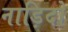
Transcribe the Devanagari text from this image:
नाड़िदो